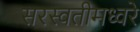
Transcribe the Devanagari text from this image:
सरस्वतीमध्वरे